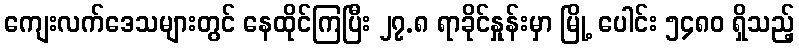
ကျေးလက်ဒေသများတွင် နေထိုင်ကြပြီး ၂၇.၈ ရာခိုင်နှုန်းမှာ မြို့ ပေါင်း ၅၄၈၀ ရှိသည့်